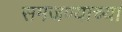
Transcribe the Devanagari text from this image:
समजण्याच्या